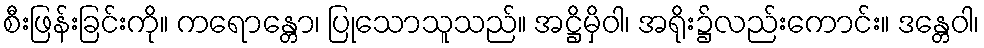
စီးဖြန်းခြင်းကို။ ကရောန္တော၊ ပြုသောသူသည်။ အဋ္ဌိမှိဝါ၊ အရိုး၌လည်းကောင်း။ ဒန္တေဝါ၊